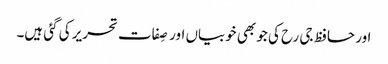
اور حافظ جی رح کی جو بھی خوبیاں اور صِفات تحریر کی گئی ہیں۔